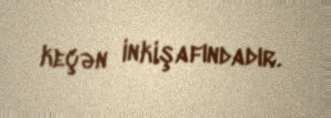
keçən inkişafındadır.